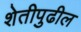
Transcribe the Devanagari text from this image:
शेतीपुढील